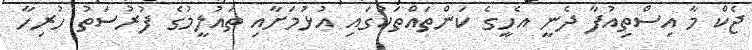
ޖެކް މާ އިސްތިއުފާ ދެނީ އެހީގެ ކަންތައްތަކުގައި އުޅުމަށާއި ތައުލީމުގެ ފުރުސަތު ހުރިހާ